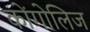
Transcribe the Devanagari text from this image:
कोंगोलिज